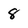
Character: 8